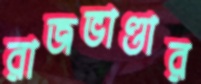
রাজভাণ্ডার